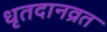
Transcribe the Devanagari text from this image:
धृतदानव्रत